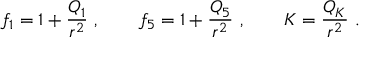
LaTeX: f _ { 1 } = 1 + { \frac { Q _ { 1 } } { r ^ { 2 } } } \ , \qquad f _ { 5 } = 1 + { \frac { Q _ { 5 } } { r ^ { 2 } } } \ , \qquad K = { \frac { Q _ { K } } { r ^ { 2 } } } \ .